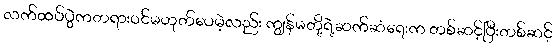
လက်ထပ်ပွဲကတရားဝင်မဟုတ်ပေမဲ့လည်း ကျွန်မတို့ရဲ့ဆက်ဆံရေးက တစ်ဆင့်ပြီးတစ်ဆင့်